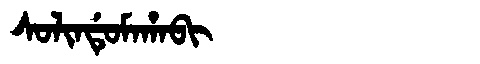
Manchu: ᠰᠣᠯᡳᠨᡩᡠᠮᠠᡥᠠᠪᡳ
Romanization: SOLINDUMAHABI